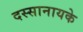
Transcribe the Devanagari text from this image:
दस्सानायके